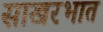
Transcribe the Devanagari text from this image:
साखरभात